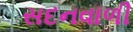
સદનવાળી